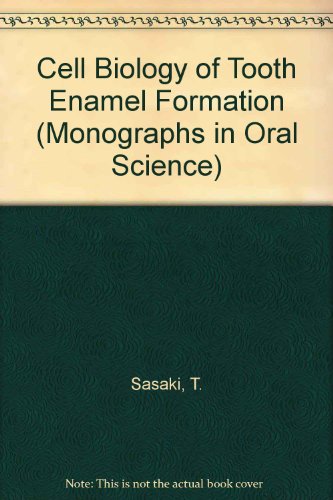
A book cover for Cell Biology of Tooth Enamel Formation: Functional Electron Microscopic Monographs (Monographs in Oral Science, Vol. 14); T. Sasaki; Medical Books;